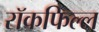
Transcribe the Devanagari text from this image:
रॉकफिल्ल